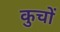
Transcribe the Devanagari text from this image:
कुचों